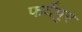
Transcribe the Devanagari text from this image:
फर्दपुर